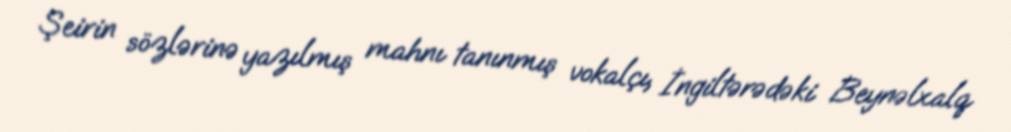
Şeirin sözlərinə yazılmış mahnı tanınmış vokalçı, İngiltərədəki Beynəlxalq